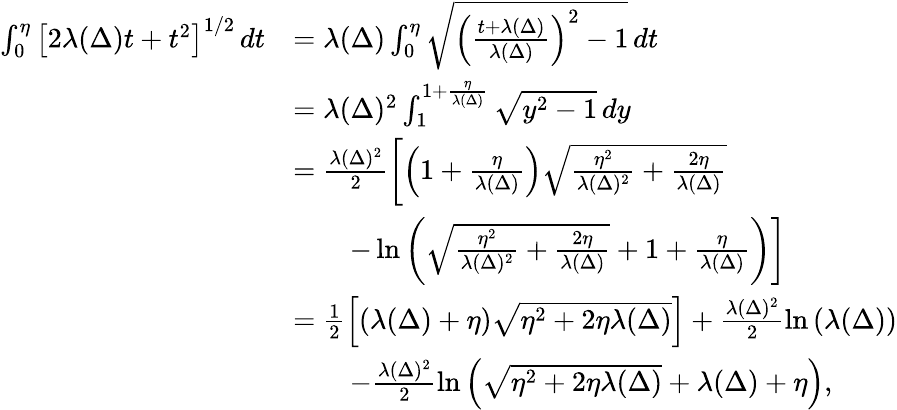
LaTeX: \begin{array}{rl}{\int_{0}^{\eta}\left[2\lambda(\Delta)t+t^{2}\right]^{1/2}\, dt}&{=\lambda(\Delta)\int_{0}^{\eta}\sqrt{\left(\frac{t+\lambda(\Delta)}{\lambda(\Delta)}\right)^{2}-1}\, dt}\\ &{=\lambda(\Delta)^{2}\int_{1}^{1+\frac{\eta}{\lambda(\Delta)}}\sqrt{y^{2}-1}\, dy}\\ &{=\frac{\lambda(\Delta)^{2}}{2}\left[\left(1+\frac{\eta}{\lambda(\Delta)}\right)\sqrt{\frac{\eta^{2}}{\lambda(\Delta)^{2}}+\frac{2\eta}{\lambda(\Delta)}}\right.}\\ &{\qquad\left.-\ln\left(\sqrt{\frac{\eta^{2}}{\lambda(\Delta)^{2}}+\frac{2\eta}{\lambda(\Delta)}}+1+\frac{\eta}{\lambda(\Delta)}\right)\right]}\\ &{=\frac{1}{2}\left[\left(\lambda(\Delta)+\eta\right)\sqrt{\eta^{2}+2\eta\lambda(\Delta)}\right]+\frac{\lambda(\Delta)^{2}}{2}\ln\left(\lambda(\Delta)\right)}\\ &{\qquad-\frac{\lambda(\Delta)^{2}}{2}\ln\left(\sqrt{\eta^{2}+2\eta\lambda(\Delta)}+\lambda(\Delta)+\eta\right),}\end{array}